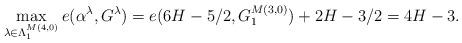
LaTeX: \begin{align*} \max_{\lambda\in\Lambda^{M(4,0)}_{1}} e(\alpha^\lambda, G^\lambda) = e(6H-5/2,G^{M(3,0)}_{1}) +2H-3/2 =4H-3.\end{align*}